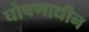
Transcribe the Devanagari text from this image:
घोषणाधीन